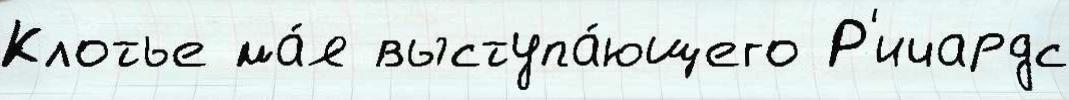
Клотье ма́я выступа́ющего Р'ичардс